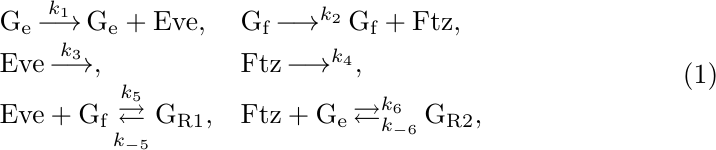
\begin{equation} \label{SEFsystem}
        \begin{array}{ll}\displaystyle
        \text{G}_\text{e}  \mathop{\longrightarrow}^{k_{1}} \text{G}_\text{e} + \text{Eve}, &
        \text{G}_\text{f}  \mathop{\longrightarrow}^{k_{2}} \text{G}_\text{f} + \text{Ftz}, \\ \displaystyle
        \text{Eve} \mathop{\longrightarrow}^{k_{3}}, &
        \text{Ftz} \mathop{\longrightarrow}^{k_{4}}, \\ \displaystyle
        \text{Eve} + \text{G}_\text{f} \mathop{\rightleftarrows}^{k_{5}}_{k_{-5}} \text{G}_{\text{R1}}, &
        \text{Ftz} + \text{G}_\text{e} \mathop{\rightleftarrows}^{k_{6}}_{k_{-6}} \text{G}_{\text{R2}},
    \end{array}
\end{equation}